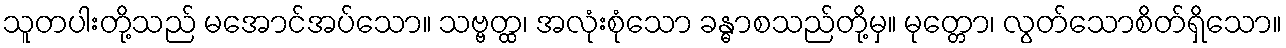
သူတပါးတို့သည် မအောင်အပ်သော။ သဗ္ဗတ္ထ၊ အလုံးစုံသော ခန္ဓာစသည်တို့မှ။ မုတ္တော၊ လွတ်သောစိတ်ရှိသော။